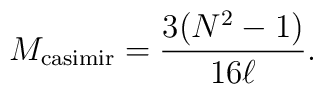
M_{ {\rm casimir}} = {3(N^2 -1) \over 16 \ell}.